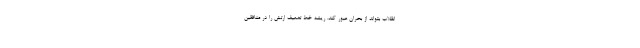
انقلاب بتواند از بحران عبور کند. ریشه خط تضعیف ارتش را در منافقین